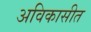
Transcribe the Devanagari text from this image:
अविकासीत